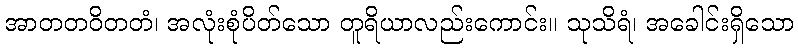
အာတတဝိတတံ၊ အလုံးစုံပိတ်သော တူရိယာလည်းကောင်း။ သုသိရံ၊ အခေါင်းရှိသော